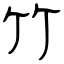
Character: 竹